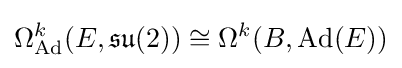
\Omega _{\operatorname {Ad} }^{k}(E,{\mathfrak {su}}(2))\cong \Omega ^{k}(B,\operatorname {Ad} (E))